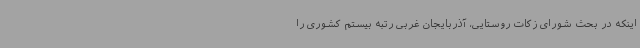
اینکه در بحث شورای زکات روستایی، آذربایجان غربی رتبه بیستم کشوری را